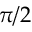
\pi / 2